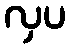
လှပ